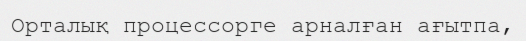
Орталық процессорге арналған ағытпа,